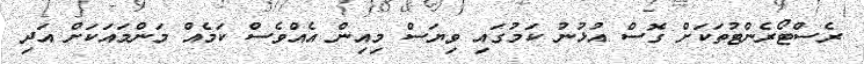
ރެސްޓޯރެންޓުތަކަށް ގޮސް އުޅުނު ކަމުގައި ވިޔަސް މިއިން އެއްވެސް ކަމެއް މަންމައަކަށް އަދި